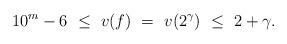
LaTeX: \begin{align*}10^m-6\ \le \ v(f) \ = \ v(2^\gamma)\ \le \ 2+\gamma.\end{align*}